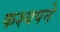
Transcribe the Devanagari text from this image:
कश्यपने